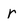
Character: r